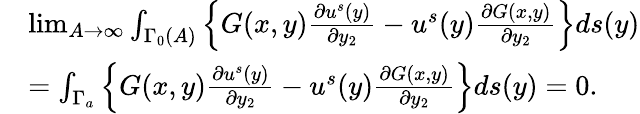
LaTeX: \begin{array}{rl}&{\operatorname*{lim}_{A\to\infty}\int_{\Gamma_{0}(A)}\left\{ G(x,y)\frac{\partial u^{s}(y)}{\partial y_{2}}-u^{s}(y)\frac{\partial G(x,y)}{\partial y_{2}}\right\} ds(y)}\\ &{=\int_{\Gamma_{a}}\left\{ G(x,y)\frac{\partial u^{s}(y)}{\partial y_{2}}-u^{s}(y)\frac{\partial G(x,y)}{\partial y_{2}}\right\} ds(y)=0.}\end{array}